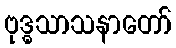
ဗုဒ္ဓသာသနာတော်